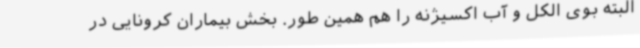
البته بوی الکل و آب اکسیژنه را هم همین‌ طور. بخش بیماران کرونایی در